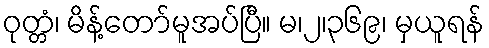
ဝုတ္တံ၊ မိန့်တော်မူအပ်ပြီ။ မ၊၂၊၃၆၉၊ မှယူရန်